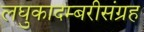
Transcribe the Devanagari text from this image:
लघुकादम्बरीसंग्रह